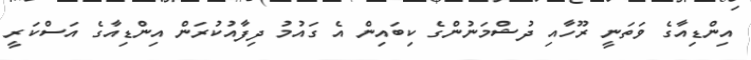
އިންޑިއާގެ ވަތަނީ ރޫހާއި ދުޝްމަނުންގެ ކިބައިން އެ ގައުމު ދިފާއުކުރަން އިންޑިއާގެ އަސްކަރީ